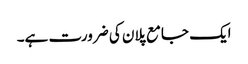
ایک جامع پلان کی ضرورت ہے۔